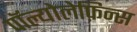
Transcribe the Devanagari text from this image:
पॉल्योलेफ़िन्स